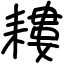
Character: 耬